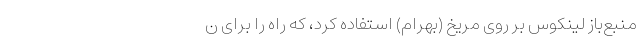
منبع‌باز لینکوس بر روی مریخ (بهرام) استفاده کرد، که راه را برای ن